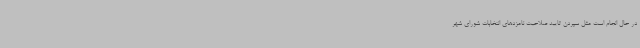
در حال انجام است مثل سپردن تایید صلاحیت نامزدهای انتخابات شورای شهر